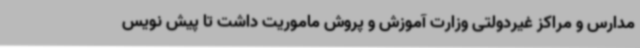
مدارس و مراکز غیردولتی وزارت آموزش و پروش ماموریت داشت تا پیش نویس